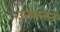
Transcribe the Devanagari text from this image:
उत्थानन